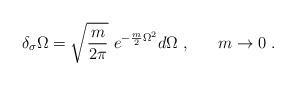
LaTeX: \begin{align*}\delta_\sigma\Omega = \sqrt{\frac{m}{2\pi}}\ e^{-\frac m2 \Omega^2}d\Omega\ ,\ \ \ \ \ m\rightarrow 0\ .\end{align*}